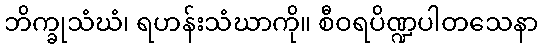
ဘိက္ခုသံဃံ၊ ရဟန်းသံဃာကို။ စီဝရပိဏ္ဍပါတသေနာ